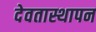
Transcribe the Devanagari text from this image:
देवतास्थापन